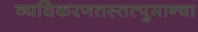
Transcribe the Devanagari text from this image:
व्यधिकरणतस्तत्पुमान्वा